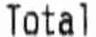
TOTAL